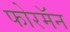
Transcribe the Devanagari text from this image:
फोरमॅन